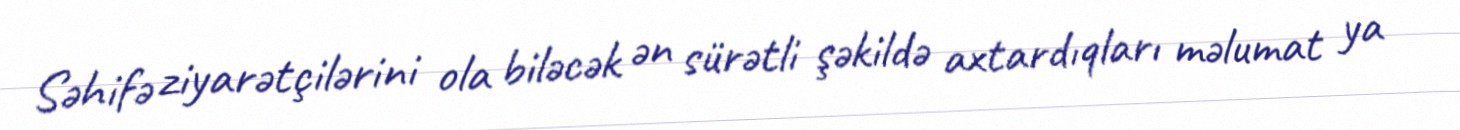
Səhifə ziyarətçilərini ola biləcək ən sürətli şəkildə axtardıqları məlumat ya